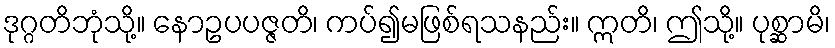
ဒုဂ္ဂတိဘုံသို့။ နောဥပပဇ္ဇတိ၊ ကပ်၍မဖြစ်ရသနည်း။ ဣတိ၊ ဤသို့။ ပုစ္ဆာမိ၊